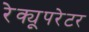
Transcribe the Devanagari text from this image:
रेक्यूपरेटर